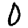
Digit: 0